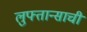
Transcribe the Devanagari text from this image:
लुफ्तान्साची